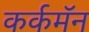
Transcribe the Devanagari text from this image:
कर्कमॅन